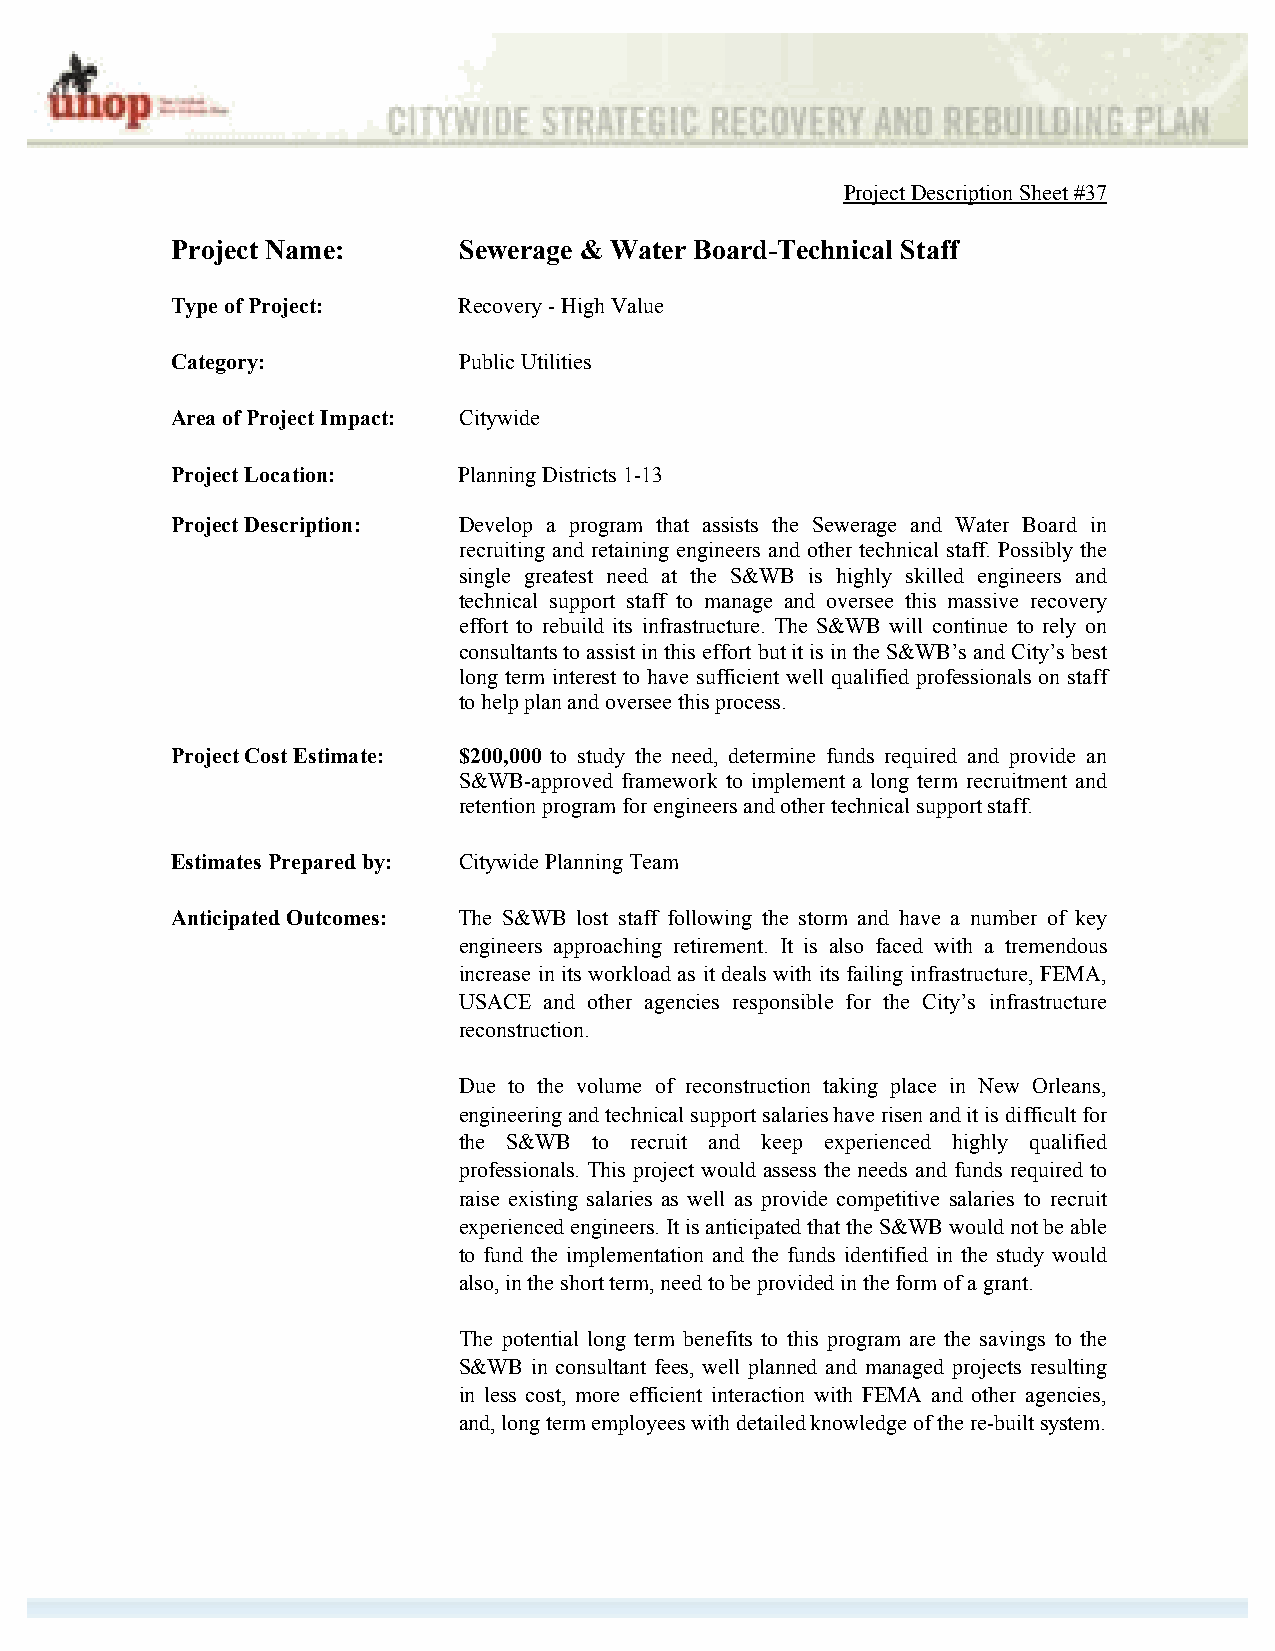
Project Description Sheet #37
 Project Name:      Sewerage & Water Board-Technical Staff
 Type of Project:   Recovery - High Value
 Category:          Public Utilities
 Area of Project Impact: Citywide
 Project Location:  Planning Districts 1-13
 Project Description: Develop a program that assists the Sewerage and Water Board in
 recruiting and retaining engineers and other technical staff. Possibly the
 single greatest need at the S&WB is highly skilled engineers and
 technical support staff to manage and oversee this massive recovery
 effort to rebuild its infrastructure. The S&WB will continue to rely on
 consultants to assist in this effort but it is in the S&WB’s and City’s best
 long term interest to have sufficient well qualified professionals on staff
 to help plan and oversee this process.
 Project Cost Estimate: $200,000 to study the need, determine funds required and provide an
 S&WB-approved framework to implement a long term recruitment and
 retention program for engineers and other technical support staff.
 Estimates Prepared by: Citywide Planning Team
 Anticipated Outcomes: The S&WB lost staff following the storm and have a number of key
 engineers approaching retirement. It is also faced with a tremendous
 increase in its workload as it deals with its failing infrastructure, FEMA,
 USACE and other agencies responsible for the City’s infrastructure
 reconstruction.
 Due to the volume of reconstruction taking place in New Orleans,
 engineering and technical support salaries have risen and it is difficult for
 the S&WB to recruit and keep experienced highly qualified
 professionals. This project would assess the needs and funds required to
 raise existing salaries as well as provide competitive salaries to recruit
 experienced engineers. It is anticipated that the S&WB would not be able
 to fund the implementation and the funds identified in the study would
 also, in the short term, need to be provided in the form of a grant.
 The potential long term benefits to this program are the savings to the
 S&WB in consultant fees, well planned and managed projects resulting
 in less cost, more efficient interaction with FEMA and other agencies,
 and, long term employees with detailed knowledge of the re-built system.